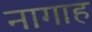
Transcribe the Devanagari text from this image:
नागाह